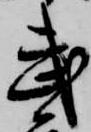
武